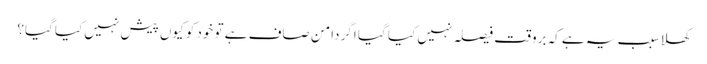
کھلا سبب یہ ہے کہ بروقت فیصلہ نہیں کیا گیا اگر دامن صاف ہے تو خود کو کیوں پیش نہیں کیا گیا؟